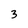
Character: 3